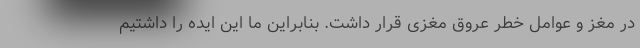
در مغز و عوامل خطر عروق مغزی قرار داشت. بنابراین ما این ایده را داشتیم